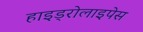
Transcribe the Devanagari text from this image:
हाइड्रोलाइपेस